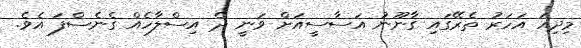
މިދިއަ އަހަރު ތެރޭގައި ގާނޫނު އަސާސީއަށް ވަނީ ދެ އިސްލާހެއް ގެނެސްފަ އެވެ.